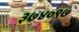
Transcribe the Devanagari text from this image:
३७४०९७